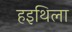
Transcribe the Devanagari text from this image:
हइथिला